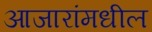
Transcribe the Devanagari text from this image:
आजारांमधील